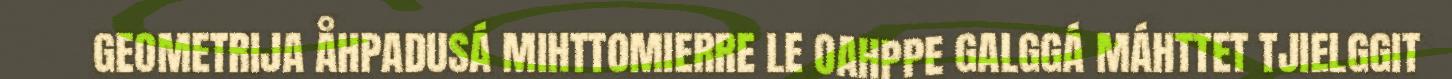
GEOMETRIJA ÅHPADUSÁ MIHTTOMIERRE LE OAHPPE GALGGÁ MÁHTTET TJIELGGIT